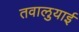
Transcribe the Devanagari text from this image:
तवालुयाई